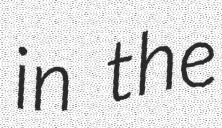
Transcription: in the